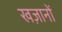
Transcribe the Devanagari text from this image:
खज़ानों